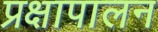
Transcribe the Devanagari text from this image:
प्रक्षापालन